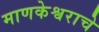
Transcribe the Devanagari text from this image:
माणकेश्वराचे